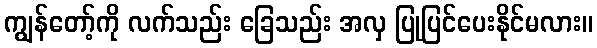
ကျွန်တော့်ကို လက်သည်း ခြေသည်း အလှ ပြုပြင်ပေးနိုင်မလား။